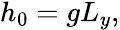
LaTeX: \begin{array}{r}{h_{0}=gL_{y},}\end{array}